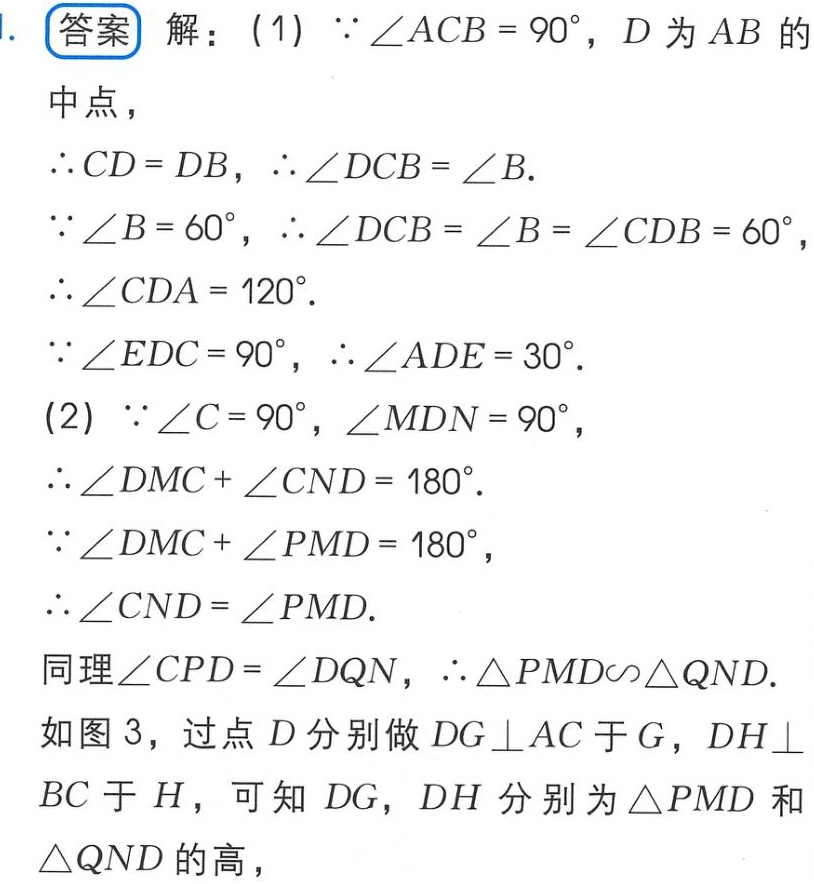
1. 答案 解：(1)  \(\because\angle ACB = 90^{\circ}\)，\(D\) 为 \(AB\) 的
中点，
\(\therefore CD = DB\)，\(\therefore\angle DCB=\angle B\).
\(\because\angle B = 60^{\circ}\)，\(\therefore\angle DCB=\angle B=\angle CDB = 60^{\circ}\)，
\(\therefore\angle CDA = 120^{\circ}\).
\(\because\angle EDC = 90^{\circ}\)，\(\therefore\angle ADE = 30^{\circ}\).
(2) \(\because\angle C = 90^{\circ}\)，\(\angle MDN = 90^{\circ}\)，
\(\therefore\angle DMC+\angle CND = 180^{\circ}\).
\(\because\angle DMC+\angle PMD = 180^{\circ}\)，
\(\therefore\angle CND=\angle PMD\).
同理\(\angle CPD=\angle DQN\)，\(\therefore\triangle PMD\sim\triangle QND\).
如图 3，过点 \(D\) 分别做 \(DG\perp AC\) 于 \(G\)，\(DH\perp\)
\(BC\) 于 \(H\)，可知 \(DG\)，\(DH\) 分别为 \(\triangle PMD\) 和
\(\triangle QND\) 的高，